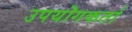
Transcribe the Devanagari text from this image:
उपयॊगकर्ता